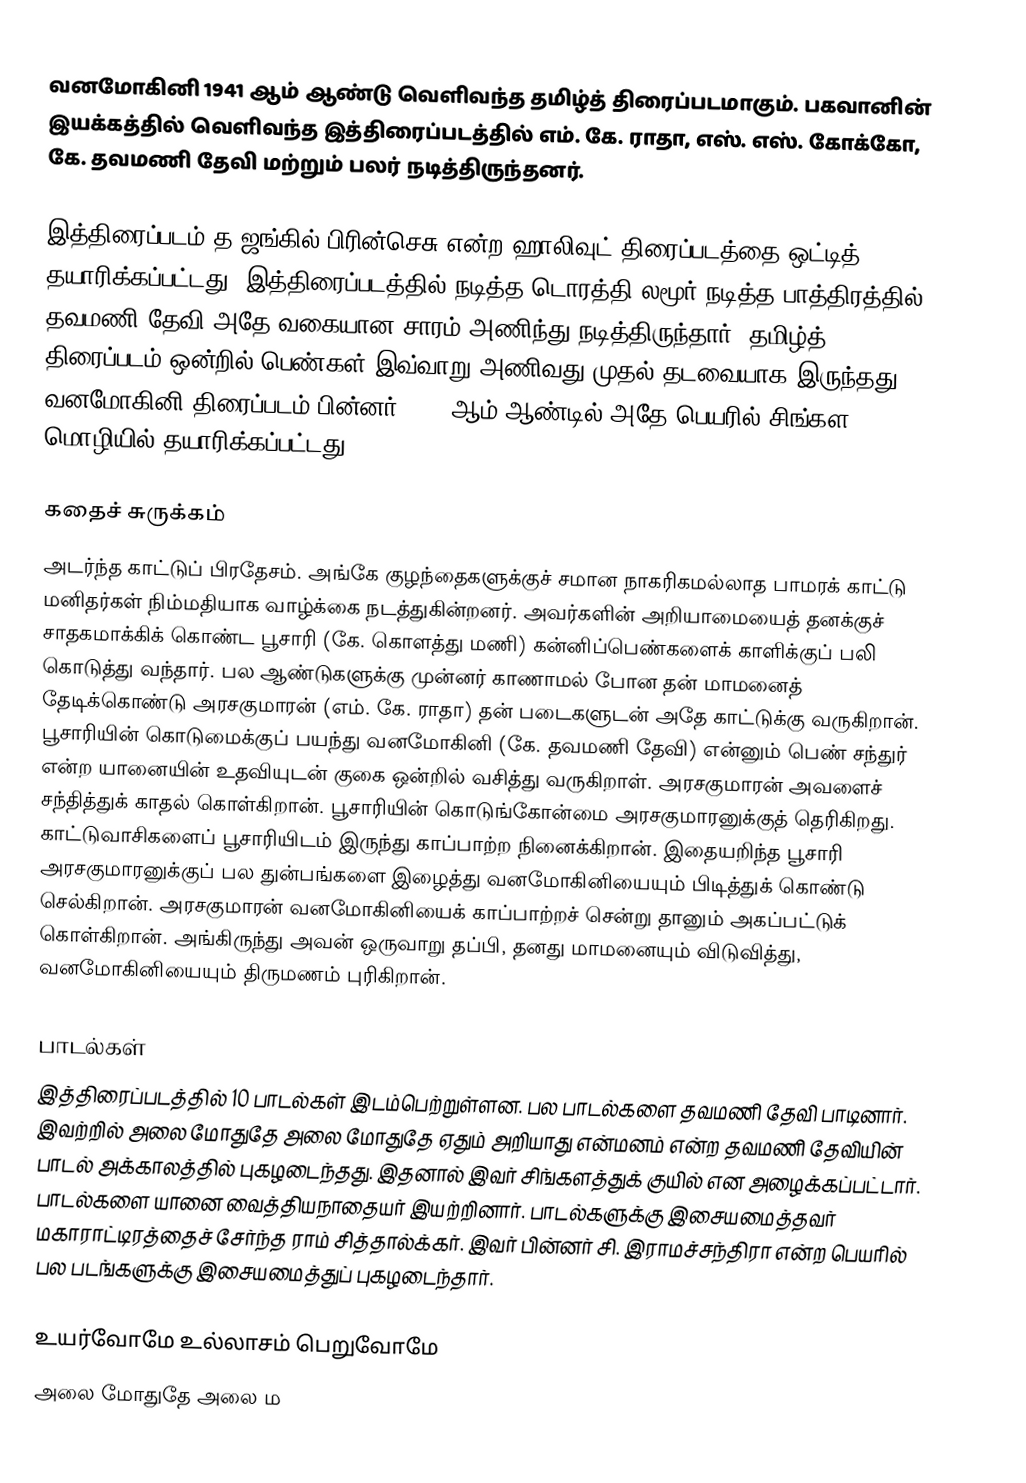
வனமோகினி 1941 ஆம் ஆண்டு வெளிவந்த தமிழ்த் திரைப்படமாகும். பகவானின் இயக்கத்தில் வெளிவந்த இத்திரைப்படத்தில் எம். கே. ராதா, எஸ். எஸ். கோக்கோ, கே. தவமணி தேவி மற்றும் பலர் நடித்திருந்தனர்.

இத்திரைப்படம் த ஜங்கில் பிரின்செசு என்ற ஹாலிவுட் திரைப்படத்தை ஒட்டித் தயாரிக்கப்பட்டது. இத்திரைப்படத்தில் நடித்த டொரத்தி லமூர் நடித்த பாத்திரத்தில் தவமணி தேவி அதே வகையான சாரம் அணிந்து நடித்திருந்தார். தமிழ்த் திரைப்படம் ஒன்றில் பெண்கள் இவ்வாறு அணிவது முதல் தடவையாக இருந்தது. வனமோகினி திரைப்படம் பின்னர் 1957 ஆம் ஆண்டில் அதே பெயரில் சிங்கள மொழியில் தயாரிக்கப்பட்டது.

கதைச் சுருக்கம்
அடர்ந்த காட்டுப் பிரதேசம். அங்கே குழந்தைகளுக்குச் சமான நாகரிகமல்லாத பாமரக் காட்டு மனிதர்கள் நிம்மதியாக வாழ்க்கை நடத்துகின்றனர். அவர்களின் அறியாமையைத் தனக்குச் சாதகமாக்கிக் கொண்ட பூசாரி (கே. கொளத்து மணி) கன்னிப்பெண்களைக் காளிக்குப் பலி கொடுத்து வந்தார். பல ஆண்டுகளுக்கு முன்னர் காணாமல் போன தன் மாமனைத் தேடிக்கொண்டு அரசகுமாரன் (எம். கே. ராதா) தன் படைகளுடன் அதே காட்டுக்கு வருகிறான். பூசாரியின் கொடுமைக்குப் பயந்து வனமோகினி (கே. தவமணி தேவி) என்னும் பெண் சந்துர் என்ற யானையின் உதவியுடன் குகை ஒன்றில் வசித்து வருகிறாள். அரசகுமாரன் அவளைச் சந்தித்துக் காதல் கொள்கிறான். பூசாரியின் கொடுங்கோன்மை அரசகுமாரனுக்குத் தெரிகிறது. காட்டுவாசிகளைப் பூசாரியிடம் இருந்து காப்பாற்ற நினைக்கிறான். இதையறிந்த பூசாரி அரசகுமாரனுக்குப் பல துன்பங்களை இழைத்து வனமோகினியையும் பிடித்துக் கொண்டு செல்கிறான். அரசகுமாரன் வனமோகினியைக் காப்பாற்றச் சென்று தானும் அகப்பட்டுக் கொள்கிறான். அங்கிருந்து அவன் ஒருவாறு தப்பி, தனது மாமனையும் விடுவித்து, வனமோகினியையும் திருமணம் புரிகிறான்.

பாடல்கள்
இத்திரைப்படத்தில் 10 பாடல்கள் இடம்பெற்றுள்ளன. பல பாடல்களை தவமணி தேவி பாடினார். இவற்றில் அலை மோதுதே அலை மோதுதே ஏதும் அறியாது என்மனம் என்ற தவமணி தேவியின் பாடல் அக்காலத்தில் புகழடைந்தது. இதனால் இவர் சிங்களத்துக் குயில் என அழைக்கப்பட்டார். பாடல்களை யானை வைத்தியநாதையர் இயற்றினார். பாடல்களுக்கு இசையமைத்தவர் மகாராட்டிரத்தைச் சேர்ந்த ராம் சித்தால்க்கர். இவர் பின்னர் சி. இராமச்சந்திரா என்ற பெயரில் பல படங்களுக்கு இசையமைத்துப் புகழடைந்தார்.

உயர்வோமே உல்லாசம் பெறுவோமே
அலை மோதுதே அலை ம